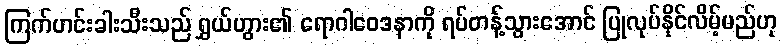
ကြက်ဟင်းခါးသီးသည် ရွှယ်ဟွား၏ ရောဂါဝေဒနာကို ရပ်တန့်သွားအောင် ပြုလုပ်နိုင်လိမ့်မည်ဟု